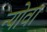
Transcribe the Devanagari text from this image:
न्योवा